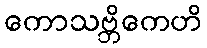
ကောသဗ္ဘိကေဟိ